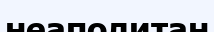
неаполитан